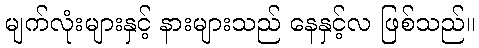
မျက်လုံးများနှင့် နားများသည် နေနှင့်လ ဖြစ်သည်။